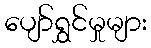
ပျော်ရွှင်မှုများ